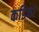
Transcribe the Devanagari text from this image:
कडियां